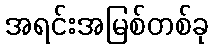
အရင်းအမြစ်တစ်ခု